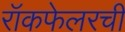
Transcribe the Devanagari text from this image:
रॉकफेलरची